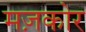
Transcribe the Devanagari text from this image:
मज़कोर